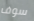
سوف